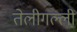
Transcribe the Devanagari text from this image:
तेलीगल्ली